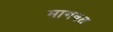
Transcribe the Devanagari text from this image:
मागवत